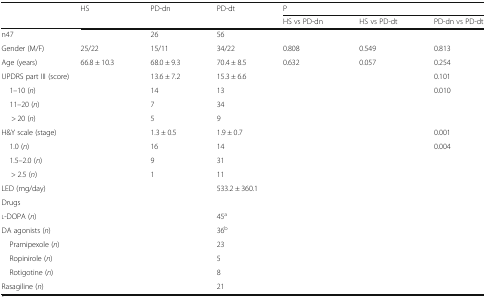
<table><thead><tr><td rowspan="2"></td><td rowspan="2"><b>HS</b></td><td rowspan="2"><b>PD-dn</b></td><td rowspan="2"><b>PD-dt</b></td><td colspan="3"><b>P</b></td></tr><tr><td><b>HS vs PD-dn</b></td><td><b>HS vs PD-dt</b></td><td><b>PD-dn vs PD-dt</b></td></tr></thead><tbody><tr><td colspan="2">n47</td><td>26</td><td colspan="4">56</td></tr><tr><td>Gender (M/F)</td><td>25/22</td><td>15/11</td><td>34/22</td><td>0.808</td><td>0.549</td><td>0.813</td></tr><tr><td>Age (years)</td><td>66.8 ± 10.3</td><td>68.0 ± 9.3</td><td>70.4 ± 8.5</td><td>0.632</td><td>0.057</td><td>0.254</td></tr><tr><td colspan="2">UPDRS part III (score)</td><td>13.6 ± 7.2</td><td colspan="3">15.3 ± 6.6</td><td>0.101</td></tr><tr><td colspan="2"> 1–10 (<i>n</i>)</td><td>14</td><td colspan="3">13</td><td>0.010</td></tr><tr><td colspan="2"> 11–20 (<i>n</i>)</td><td>7</td><td colspan="4">34</td></tr><tr><td colspan="2">&gt; 20 (<i>n</i>)</td><td>5</td><td colspan="4">9</td></tr><tr><td colspan="2">H&amp;Y scale (stage)</td><td>1.3 ± 0.5</td><td colspan="3">1.9 ± 0.7</td><td>0.001</td></tr><tr><td colspan="2"> 1.0 (<i>n</i>)</td><td>16</td><td colspan="3">14</td><td>0.004</td></tr><tr><td colspan="2"> 1.5–2.0 (<i>n</i>)</td><td>9</td><td colspan="4">31</td></tr><tr><td colspan="2">&gt; 2.5 (<i>n</i>)</td><td>1</td><td colspan="4">11</td></tr><tr><td colspan="3">LED (mg/day)</td><td colspan="4">533.2 ± 360.1</td></tr><tr><td colspan="7">Drugs</td></tr><tr><td colspan="3">l-DOPA (<i>n</i>)</td><td colspan="4">45<sup>a</sup></td></tr><tr><td colspan="3">DA agonists (<i>n</i>)</td><td colspan="4">36<sup>b</sup></td></tr><tr><td colspan="3"> Pramipexole (<i>n</i>)</td><td colspan="4">23</td></tr><tr><td colspan="3"> Ropinirole (<i>n</i>)</td><td colspan="4">5</td></tr><tr><td colspan="3"> Rotigotine (<i>n</i>)</td><td colspan="4">8</td></tr><tr><td colspan="3">Rasagiline (<i>n</i>)</td><td colspan="4">21</td></tr></tbody></table>